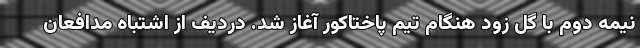
نیمه دوم با گل زود هنگام تیم پاختاکور آغاز شد. دردیف از اشتباه مدافعان